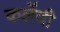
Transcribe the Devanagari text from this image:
कलेंदी